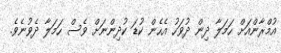
އުމްރާންއަށް ހަމަލާ ދިން ދުވަހު އެހެން ކުޑަ ކުދިންނަށް ވެސް ހަމަލާ ދެވުނެވެ.